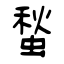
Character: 蝵